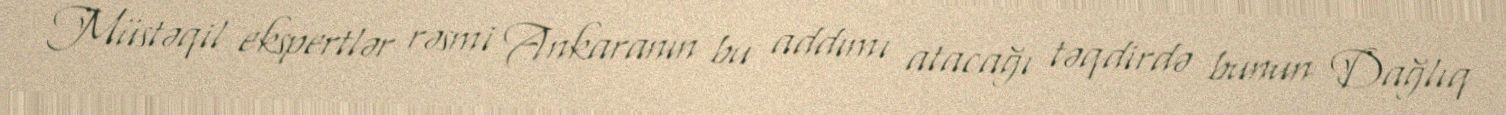
Müstəqil ekspertlər rəsmi Ankaranın bu addımı atacağı təqdirdə bunun Dağlıq